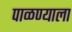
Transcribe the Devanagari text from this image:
पाळण्याला